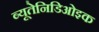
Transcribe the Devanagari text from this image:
ब्यूतेनिडिओइक